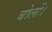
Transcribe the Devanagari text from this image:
बोलों।